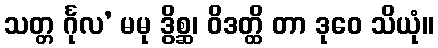
သတ္တ င်္ဂုလ’ မမု ဒွိစ္ဆ၊ ဝိဒတ္ထိ တာ ဒုဝေ သိယုံ။